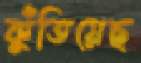
কুঁতিয়েছ